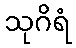
သုဂိရံ